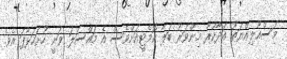
މަސްއޫލިއްޔަތު އަދާކުރާ މިންވަރު ބަލާ ކޮމެޓީއަށްވެސް އެ މައްސަލަ ވަނީ ހުށަހަޅާފަ އެވެ.